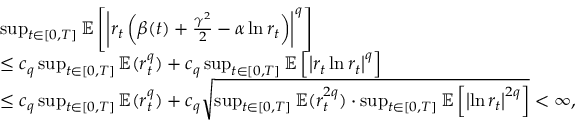
\begin{array} { r l } & { \operatorname* { s u p } _ { t \in [ 0 , T ] } \mathbb { E } \left[ \left| r _ { t } \left( \beta ( t ) + \frac { \gamma ^ { 2 } } { 2 } - \alpha \ln r _ { t } \right) \right| ^ { q } \right] } \\ & { \leq c _ { q } \operatorname* { s u p } _ { t \in [ 0 , T ] } \mathbb { E } ( r _ { t } ^ { q } ) + c _ { q } \operatorname* { s u p } _ { t \in [ 0 , T ] } \mathbb { E } \left[ \left| r _ { t } \ln r _ { t } \right| ^ { q } \right] } \\ & { \leq c _ { q } \operatorname* { s u p } _ { t \in [ 0 , T ] } \mathbb { E } ( r _ { t } ^ { q } ) + c _ { q } \sqrt { \operatorname* { s u p } _ { t \in [ 0 , T ] } \mathbb { E } ( r _ { t } ^ { 2 q } ) \cdot \operatorname* { s u p } _ { t \in [ 0 , T ] } \mathbb { E } \left[ \left| \ln r _ { t } \right| ^ { 2 q } \right] } < \infty , } \end{array}